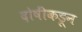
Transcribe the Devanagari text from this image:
दोषींकडून